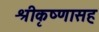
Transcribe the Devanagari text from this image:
श्रीकृष्णासह